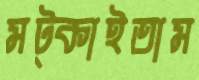
মট্‌কাইতাম